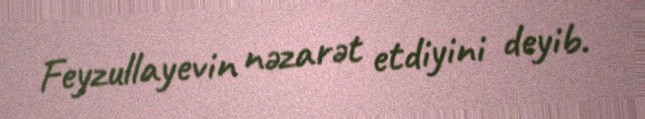
Feyzullayevin nəzarət etdiyini deyib.